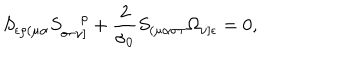
S _ { \epsilon \rho ( \mu \alpha } S _ { \sigma \tau \nu ] } ^ { ~ \rho } + \frac { 2 } { \sigma _ { 0 } } S _ { ( \mu \alpha \sigma \tau } \Omega _ { \nu ] \epsilon } = 0 ,